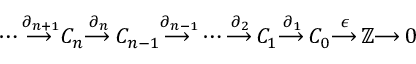
\dotsb { \overset { \partial _ { n + 1 } } { \longrightarrow \, } } C _ { n } { \overset { \partial _ { n } } { \longrightarrow \, } } C _ { n - 1 } { \overset { \partial _ { n - 1 } } { \longrightarrow \, } } \dotsb { \overset { \partial _ { 2 } } { \longrightarrow \, } } C _ { 1 } { \overset { \partial _ { 1 } } { \longrightarrow \, } } C _ { 0 } { \overset { \epsilon } { \longrightarrow \, } } \mathbb { Z } { \longrightarrow \, } 0